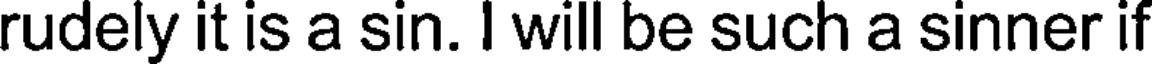
rudely it is a sin. I will be such a sinner if